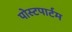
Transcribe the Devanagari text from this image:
पोस्‍टपार्टम